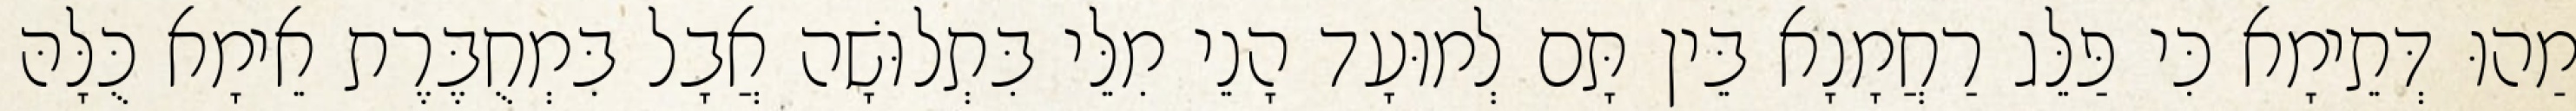
מַהוּ דְּתֵימָא כִּי פַּלֵּג רַחֲמָנָא בֵּין תָּם לְמוּעָד הָנֵי מִלֵּי בִּתְלוּשָׁה אֲבָל בִּמְחֻבֶּרֶת אֵימָא כֻּלָּהּ